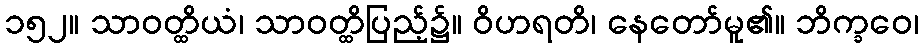
၁၅၂။ သာဝတ္ထိယံ၊ သာဝတ္ထိပြည့်၌။ ဝိဟရတိ၊ နေတော်မူ၏။ ဘိက္ခဝေ၊